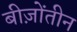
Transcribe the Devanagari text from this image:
बीज़ोंतीन